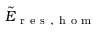
\tilde { E } _ { \mathrm { ~ r ~ e ~ s ~ } , \mathrm { ~ h ~ o ~ m ~ } }